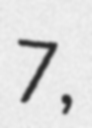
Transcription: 7,